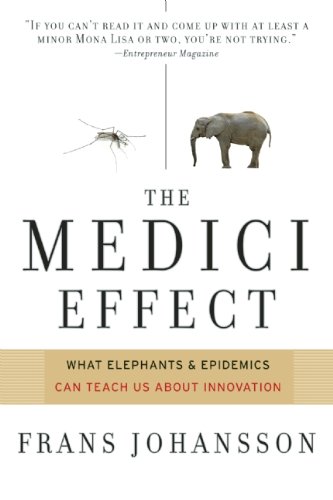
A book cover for The Medici Effect: What Elephants and Epidemics Can Teach Us About Innovation; Frans Johansson; Health, Fitness & Dieting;